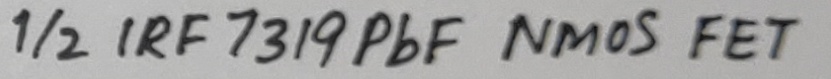
Text: 1/2 IRF 7319PbF NMOS FET